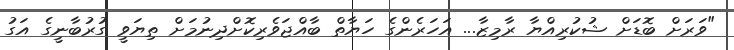
"ވަރަށް ބޮޑަށް ޝުކުރިއްޔާ ރާމިޒާ... އަހަރެންގެ ހަޔާތް ބާއްޖަވެރިކޮށްދިނުމަށް ތިޔަވީ ގުރުބާނީގެ އަގު